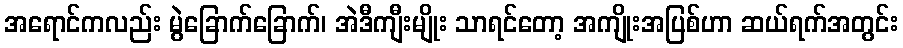
အရောင်ကလည်း မွဲခြောက်ခြောက်၊ အဲဒီကျီးမျိုး သာရင်တော့ အကျိုးအပြစ်ဟာ ဆယ်ရက်အတွင်း